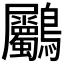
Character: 𪈺